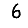
Digit: 6